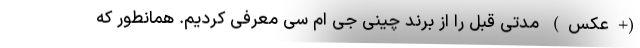
(+عکس) مدتی قبل را از برند چینی جِی ام سی معرفی کردیم. همانطور که